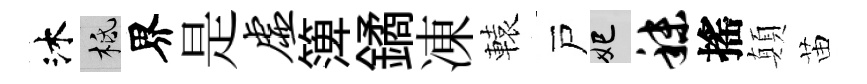
沐柢界是虚𥱼鐍凍轅戸妃秣搖顛苗